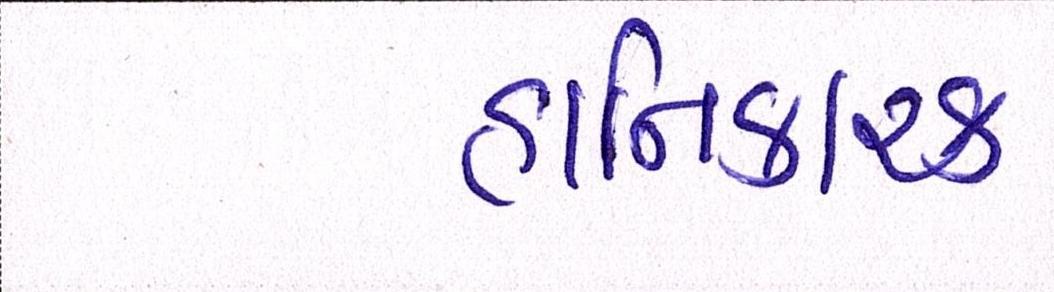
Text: હાનિકારક